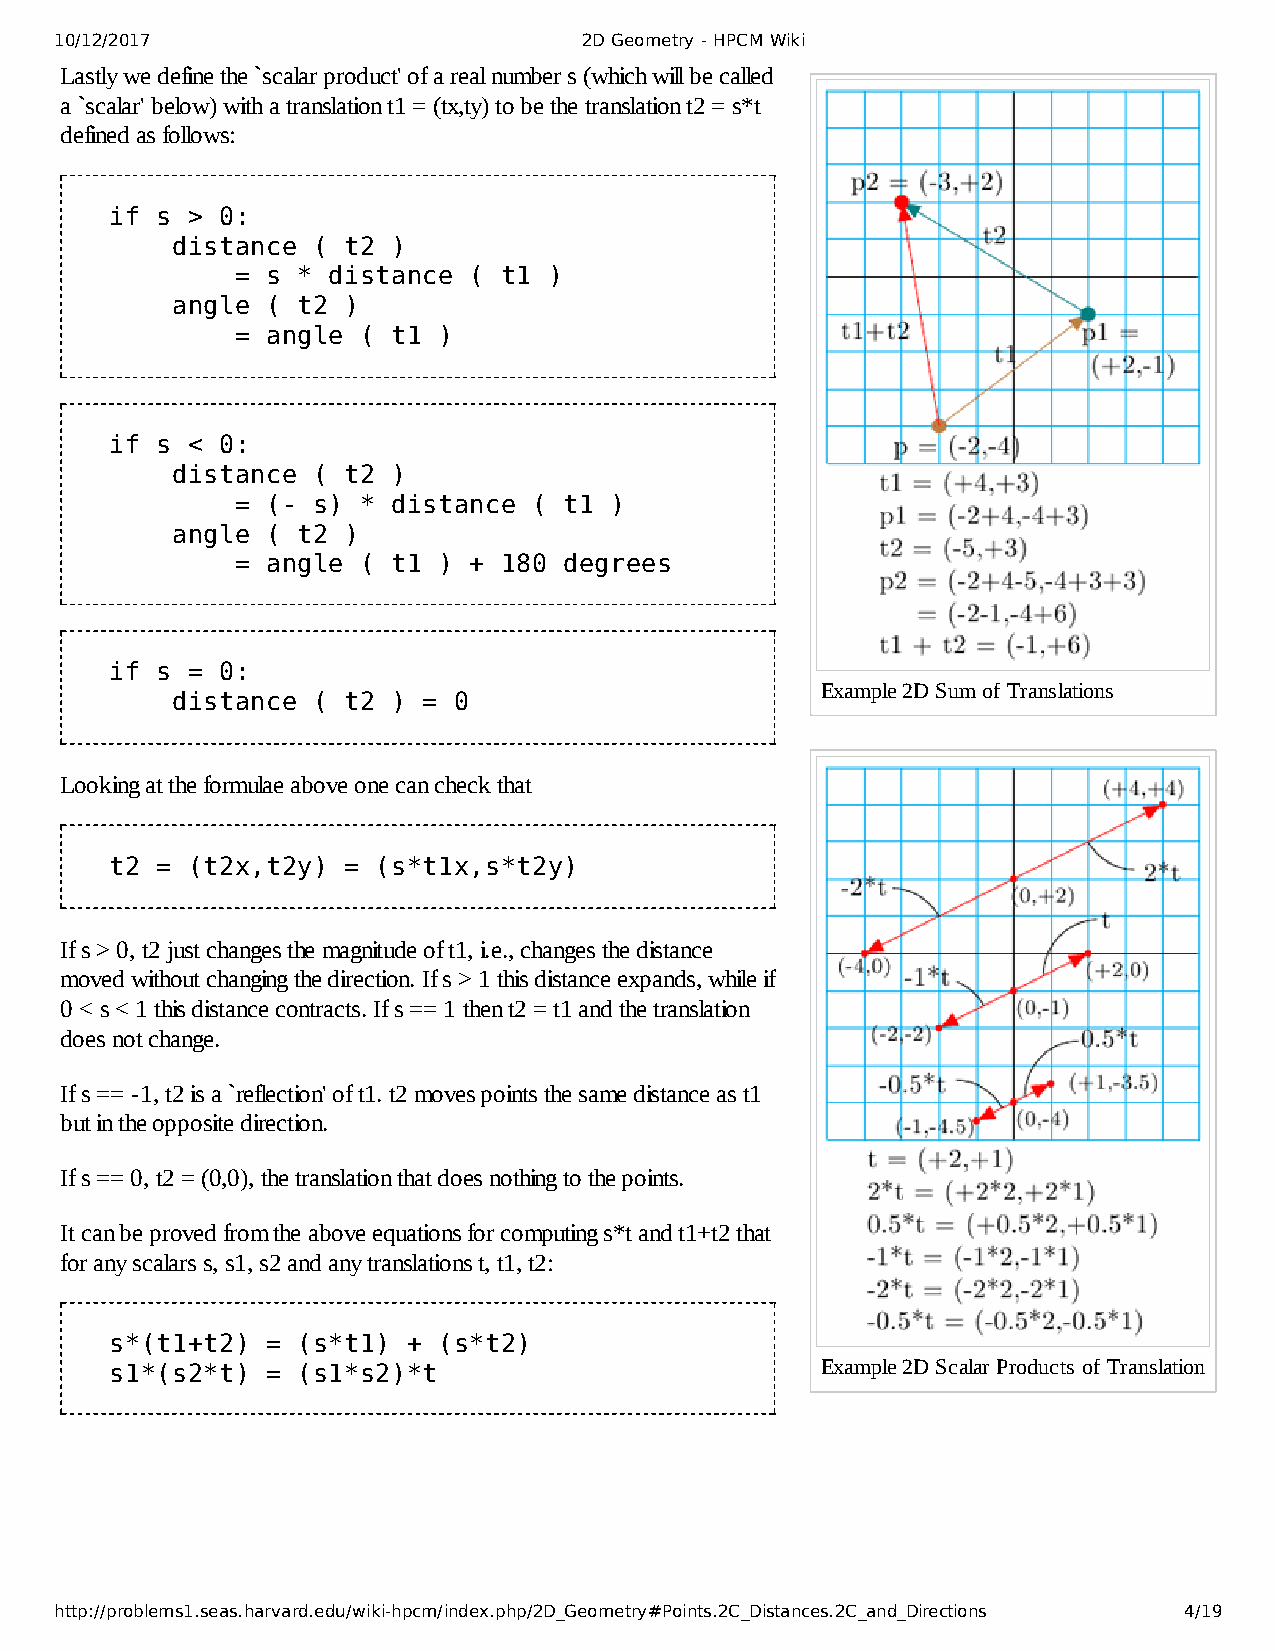
10/12/2017                         2D Geometry - HPCM Wiki
 Lastly we define the `scalar product' of a real number s (which will be called
 a `scalar' below) with a translation t1 = (tx,ty) to be the translation t2 = s*t
 defined as follows:
 if s > 0:
 distance  ( t2 )
 = s * distance ( t1 )
 angle  ( t2 )
 = angle ( t1 )
 if s < 0:
 distance  ( t2 )
 = (- s) * distance ( t1 )
 angle  ( t2 )
 = angle ( t1 ) + 180 degrees
 if s = 0:
 Example 2D Sum of Translations
 distance  ( t2 ) = 0
 Looking at the formulae above one can check that
 t2 = (t2x,t2y)  = (s*t1x,s*t2y)
 If s > 0, t2 just changes the magnitude of t1, i.e., changes the distance
 moved without changing the direction. If s > 1 this distance expands, while if
 0 < s < 1 this distance contracts. If s == 1 then t2 = t1 and the translation
 does not change.
 If s == -1, t2 is a `reflection' of t1. t2 moves points the same distance as t1
 but in the opposite direction.
 If s == 0, t2 = (0,0), the translation that does nothing to the points.
 It can be proved from the above equations for computing s*t and t1+t2 that
 for any scalars s, s1, s2 and any translations t, t1, t2:
 s*(t1+t2)  = (s*t1) + (s*t2)
 s1*(s2*t)  = (s1*s2)*t                         Example 2D Scalar Products of Translation
 http://problems1.seas.harvard.edu/wiki-hpcm/index.php/2D_Geometry#Points.2C_Distances.2C_and_Directions 4/19